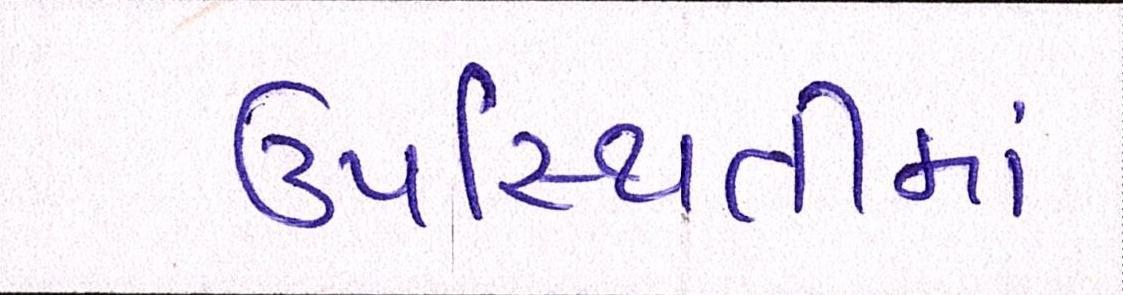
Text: ઉપસ્થિતીમાં